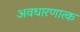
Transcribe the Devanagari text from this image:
अवधारणात्क